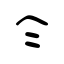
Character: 仒